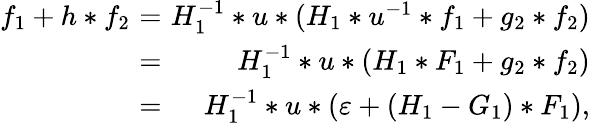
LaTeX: \begin{array}{rlr}{f_{1}+h\ast f_{2}\! \! \! \! }&{=}&{\! \! \! \! H_{1}^{-1}\ast u\ast(H_{1}\ast u^{-1}\ast f_{1}+g_{2}\ast f_{2})}\\ {\! \! \! \! }&{=}&{\! \! \! \! H_{1}^{-1}\ast u\ast(H_{1}\ast F_{1}+g_{2}\ast f_{2})}\\ {\! \! \! \! }&{=}&{\! \! \! \! H_{1}^{-1}\ast u\ast(\varepsilon+(H_{1}-G_{1})\ast F_{1}),}\end{array}